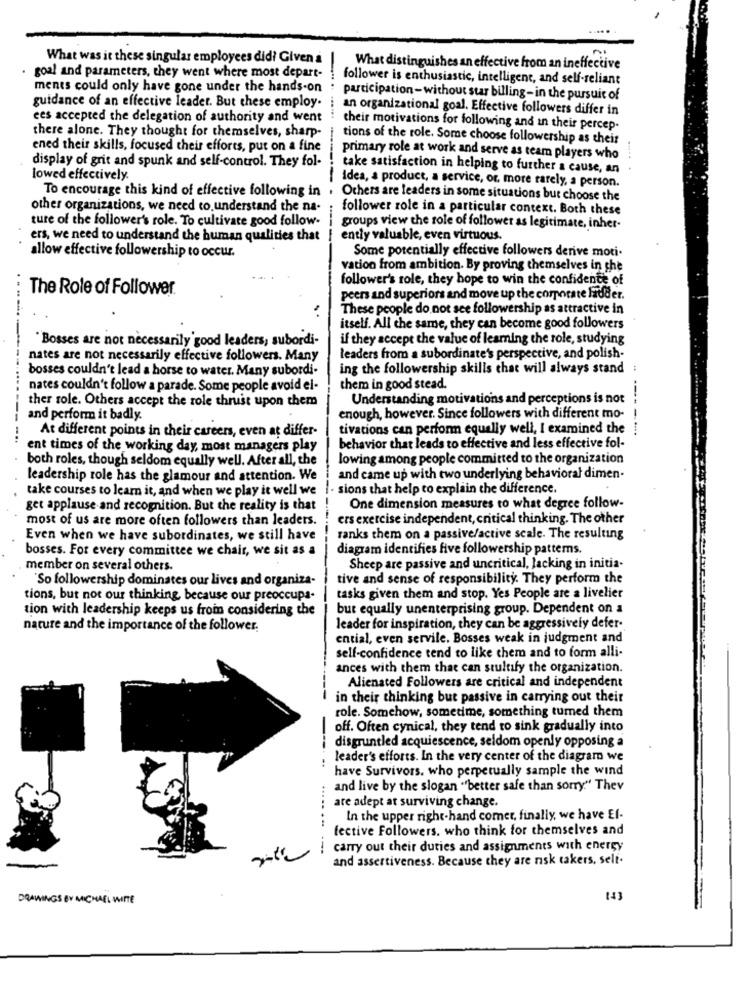
What was it these singular employees did? Given a
What distinguishes an effective from an ineffective
goal and parameters, they went where most depart-
follower is enthusiastic, intelligent, and self-reliant
ments could only have gone under the hands-on
participation-without star billing- in the pursuit of
guidance of an effective leader. But these employ.
an organizational goal. Effective followers differ in
ees accepted the delegation of authority and went
there alone. They thought for themselves, sharp-
their motivations for following and in their percep-
tions of the role. Some choose followership as their
ened their skills, focused their efforts, put on a fine
display of grit and spunk and self-control. They fol-
primary role at work and serve as team players who
take satisfaction in helping to further a cause, an
lowed effectively.
-
Idea, a product, a service, or, more rarely, a person.
To encourage this kind of effective following in . Others are leaders in some situations but choose the
other organizations, we need to understand the na-
follower role in a particular context. Both these
ture of the follower's role. To cultivate good follow-
groups view the role of follower as legitimate, inher-
ers, we need to understand the human qualities that
ently valuable, even virtuous.
Some potentially effective followers derive moti-
allow effective followership to occur.
vation from ambition. By proving themselves in the
follower's role, they hope to win the confidente of
The Role of Follower
peers and superiors and move up the corporate ladder.
These people do not see followership as attractive in
itself. All the same, they can become good followers
"Bosses are not necessarily good leaders, subordi-
if they accept the value of learning the role, studying
nates are not necessarily effective followers. Many
leaders from a subordinate's perspective, and polish-
bosses couldn't lead a horse to water. Many subordi-
ing the followership skills that will always stand
nates couldn't follow a parade. Some people avoid el-
them in good stead.
Understanding motivations and perceptions is not
ther role. Others accept the role thrust upon them
and perform it badly.
enough, however. Since followers with different mo-
At different points in their careers, even at differ-
tivations can perform equally well, I examined the
---- --.
-----
ent times of the working day, most managers play
behavior that leads to effective and less effective fol-
both roles, though seldom equally well. After all, the
lowing among people committed to the organization
leadership role has the glamour and attention. We
and came up with two underlying behavioral dimen-
take courses to learn it, and when we play it well we
- sions that help to explain the difference.
get applause and recognition. But the reality is that
One dimension measures to what degree follow-
most of us are more often followers than leaders.
ers exercise independent, critical thinking. The other
Even when we have subordinates, we still have
ranks them on a passive/active scale. The resulting
bosses. For every committee we chair, we sit as a
diagram identifies five followership patterns.
member on several others.
Sheep are passive and uncritical, lacking in initia-
'So followership dominates our lives and organiza-
tive and sense of responsibility. They perform the
tions, but not our thinking, because our preoccupa-
tasks given them and stop. Yes People are a livelier
tion with leadership keeps us from considering the
but equally unenterprising group. Dependent on a
nature and the importance of the follower.
leader for inspiration, they can be aggressively defer-
ential, even servile. Bosses weak in judgment and
self-confidence tend to like them and to form alli-
ances with them that can stultify the organization.
Alienated Followers are critical and independent
----
in their thinking but passive in carrying out their
role. Somehow, sometime, something turned them
off. Often cynical, they tend to sink gradually into
disgruntled acquiescence, seldom openly opposing a
leader's efforts. In the very center of the diagram we
have Survivors. who perpetually sample the wind
...
and live by the slogan "better safe than sorry." Thev
are adept at surviving change.
In the upper right-hand comer, finally, we have El-
fective Followers. who think for themselves and
carry out their duties and assignments with energy
and assertiveness. Because they are risk takers, selt.
DRAWINGS BY MICHAEL WITTE